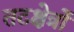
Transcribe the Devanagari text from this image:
तटक्षेत्रों